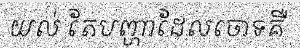
យល់ តែបញ្ហាដែលចោទគឺ